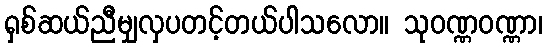
ရှစ်ဆယ်ညီမျှလှပတင့်တယ်ပါသလော။ သုဝဏ္ဏဝဏ္ဏာ၊